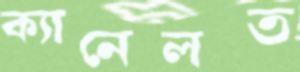
ক্যানেলত